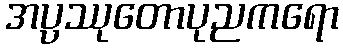
အပ္ပဿုတောပုညကရော